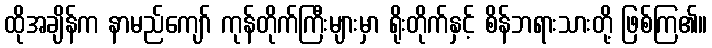
ထိုအချိန်က နာမည်ကျော် ကုန်တိုက်ကြီးများမှာ ရိုးတိုက်နှင့် စိန်ဘရားသားတို့ ဖြစ်ကြ၏။